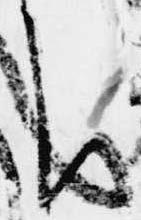
り